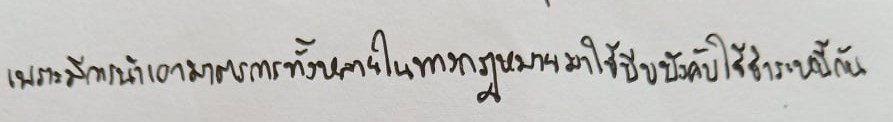
เพราะมีการนำเอามาตรการทั้งหลายในทางกฎหมายมาใช้บีบบังคับให้ชำระหนี้กัน